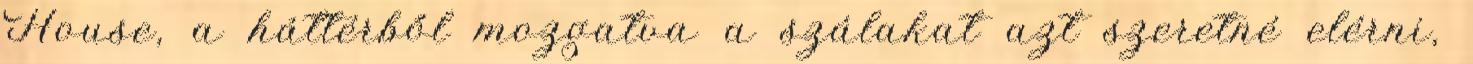
House, a háttérből mozgatva a szálakat azt szeretné elérni,